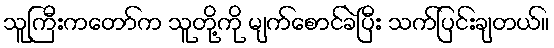
သူကြီးကတော်က သူတို့ကို မျက်စောင်ခဲပြီး သက်ပြင်းချတယ်။